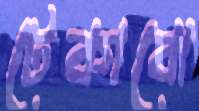
টেকাবো